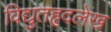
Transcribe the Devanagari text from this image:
विद्युतहृदलेख